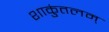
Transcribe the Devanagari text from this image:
शाकुंतलम्‌